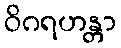
ဝိဂရဟန္တာ